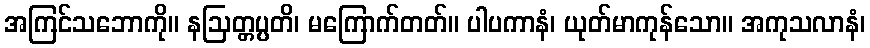
အကြင်သဘောကို။ နဩတ္တပ္ပတိ၊ မကြောက်တတ်။ ပါပကာနံ၊ ယုတ်မာကုန်သော။ အကုသလာနံ၊